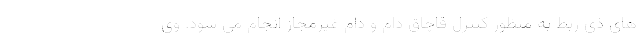
های ذی ربط به منظور کنترل قاچاق دام و دام غیرمجاز انجام می شود. وی